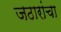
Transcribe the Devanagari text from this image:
जठारांचा